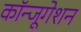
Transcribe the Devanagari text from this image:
कॉन्जूगेशन